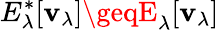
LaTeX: E_{\lambda}^{\ast}[\mathbf{v}_{\lambda}]\geqE_{\lambda}[\mathbf{v}_{\lambda}]